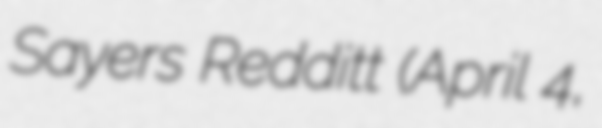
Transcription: Sayers Redditt (April 4,